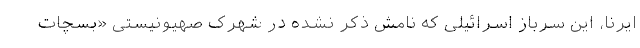
ایرنا، این سرباز اسرائیلی که نامش ذکر نشده در شهرک صهیونیستی «بسچات